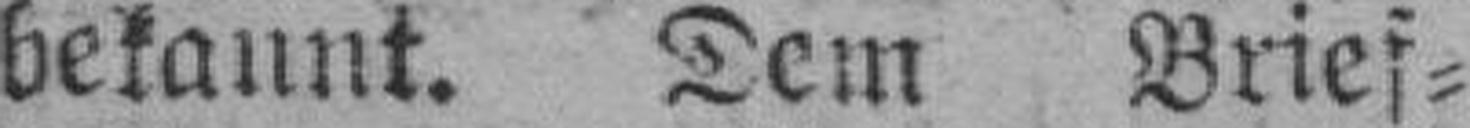
bekannt. Dem Brief¬